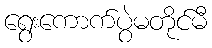
ရွေးကောက်ပွဲမတိုင်မီ